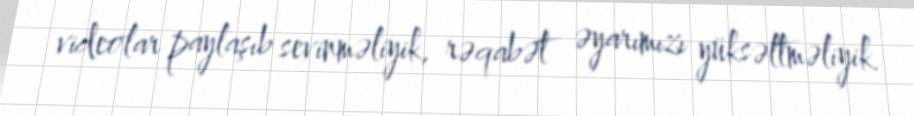
videolar paylaşıb sevinməliyik, rəqabət əyarımızı yüksəltməliyik.